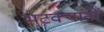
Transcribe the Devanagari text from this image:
भटक्यांनी